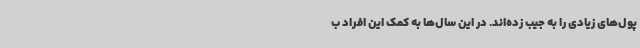
پول‌های زیادی را به جیب زده‌اند. در این سال‌ها به کمک این افراد ب